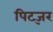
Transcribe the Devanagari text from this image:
पिट्ज़र